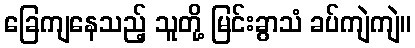
ခြေကျနေသည့် သူတို့ မြင်းခွာသံ ခပ်ကျဲကျဲ။